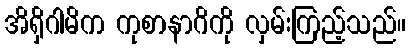
အိရှိဂါမိက ကုစာနာဂိကို လှမ်းကြည့်သည်။